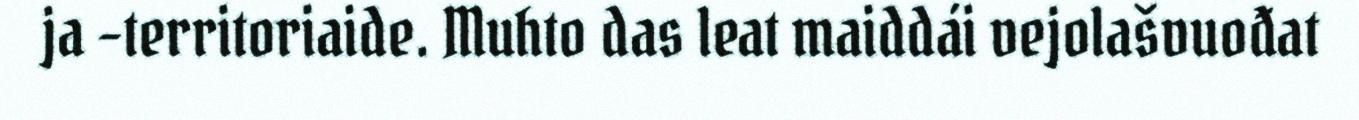
ja –territoriaide. Muhto das leat maiddái vejolašvuođat